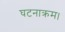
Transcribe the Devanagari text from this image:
घटनाक्रम।